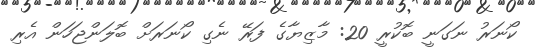
ކޯނަރު ނަގަނީ ބޮކުރީ 20: މާޒިޔާގެ ފަރޭ ނެގި ކޯނަރަށް ބޮލަންޖަހަން އެރި